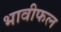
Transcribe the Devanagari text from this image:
भावीफल